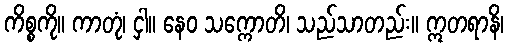
ကိစ္စကို။ ကာတုံ၊ ငှါ။ နေဝ သက္ကောတိ၊ သည်သာတည်း။ ဣတရာနိ၊